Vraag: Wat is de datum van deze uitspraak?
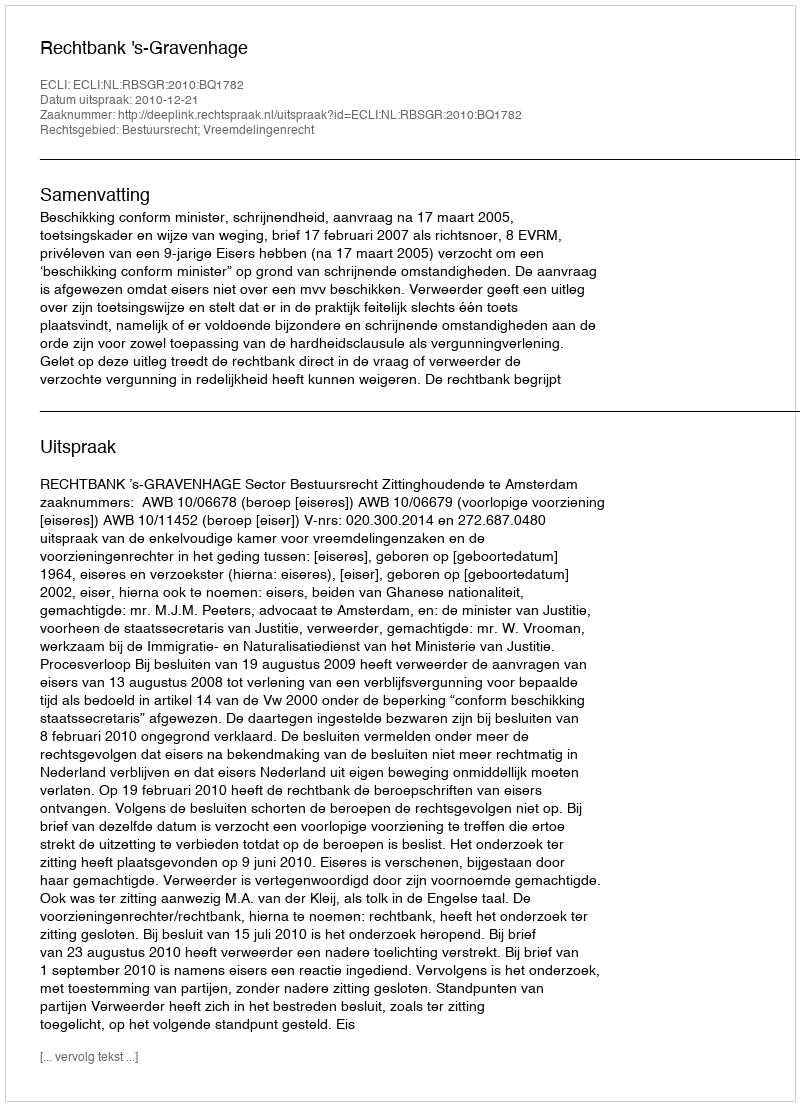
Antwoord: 2010-12-21